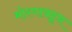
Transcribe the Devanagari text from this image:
मोरगावहून